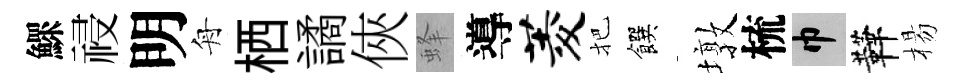
鰥祲明舟栖譎俠蜂導菱把饌墩梳巾鞾楊